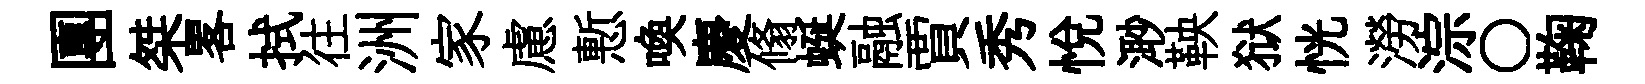
團桀畧拭往洲家慮慙喚慶翛蜒融賈秀悦𣺌鞅狱恍澇淙〇鞠